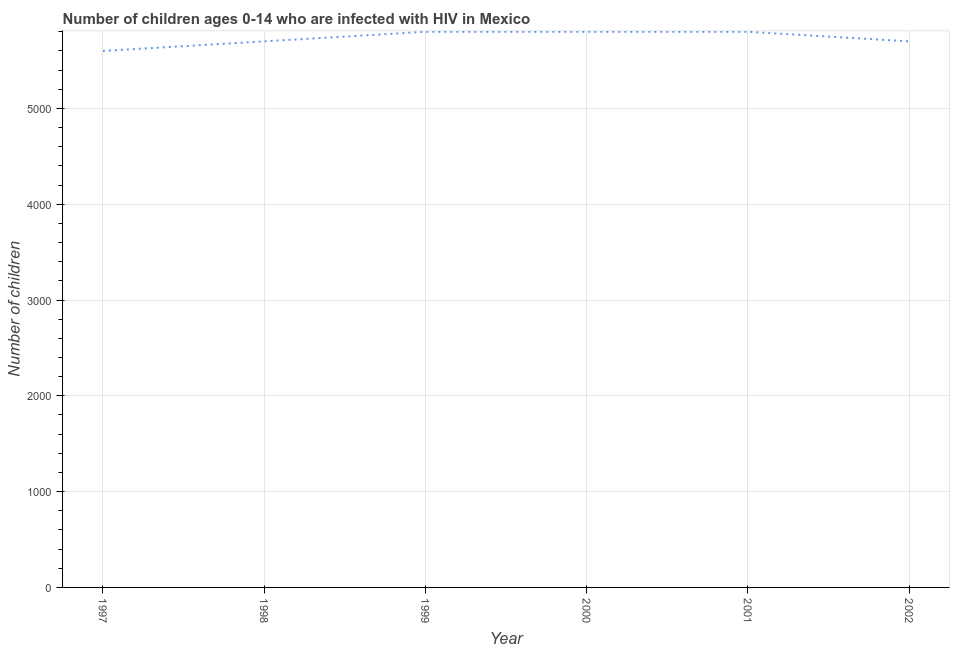
| Year | Children (0-14) living with HIV |
 | --- | --- |
 | 1997 | 5.6e+03 |
 | 1998 | 5.7e+03 |
 | 1999 | 5.8e+03 |
 | 2000 | 5.8e+03 |
 | 2001 | 5.8e+03 |
 | 2002 | 5.7e+03 |